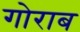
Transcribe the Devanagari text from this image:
गोराब